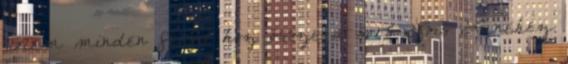
„Nem minden férfit hoz össze a sors Lois Lanehez